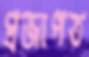
প্রজাপত